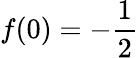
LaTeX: f(0)=-\frac{1}{2}